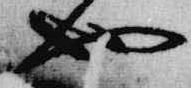
也